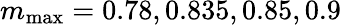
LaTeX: m_{\mathrm{max}}=0.78,0.835,0.85,0.9